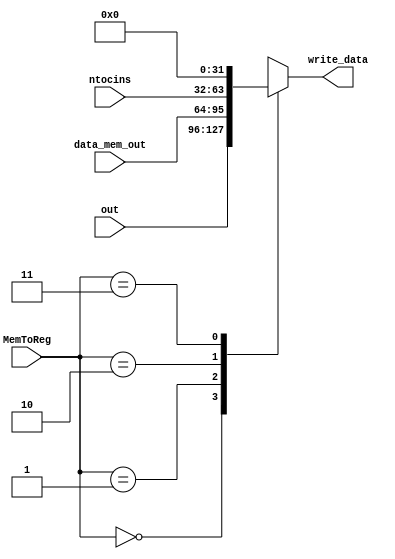
module write_data_reg (input [1:0]MemToReg , input signed [31:0]out ,data_mem_out ,ntocins , output reg signed [31:0]write_data);
    
always @(*) begin
case (MemToReg)
    2'b00: write_data = out;
    2'b01: write_data = data_mem_out;
    2'b10: write_data = ntocins;
    2'b11: write_data = 32'h00000000;
endcase
end

endmodule